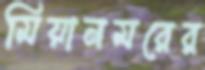
মিয়ানমরের